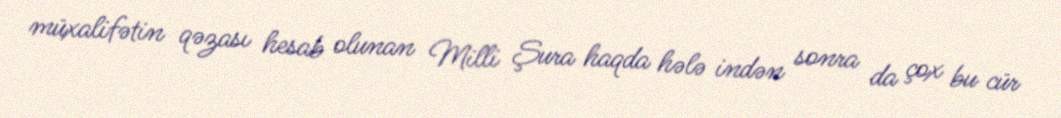
müxalifətin qəzası hesab olunan Milli Şura haqda hələ indən sonra da çox bu cür